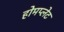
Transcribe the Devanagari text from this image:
होमप्लेट